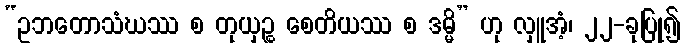
“ဥဘတောသံဃဿ စ တုယှဉ္စ စေတိယဿ စ ဒမ္မိ” ဟု လှူအံ့၊ ၂၂-ခုပြု၍